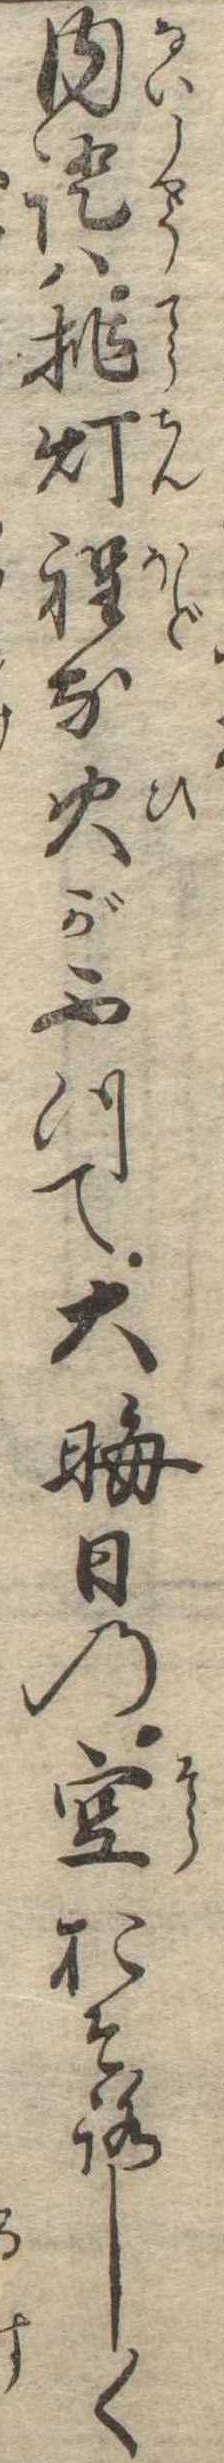
内証は挑灯程な火がふつて大晦日の空おそろしく